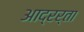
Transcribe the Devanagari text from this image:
आद्रर्ता